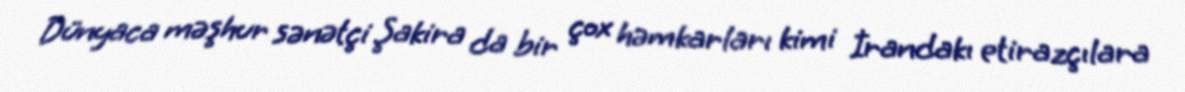
Dünyaca məşhur sənətçi Şakira da bir çox həmkarları kimi İrandakı etirazçılara